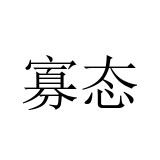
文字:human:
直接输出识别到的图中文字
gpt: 寡态